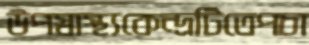
উপস্বাস্থ্যকেন্দ্রটিতেপচা